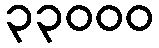
၃၃၀၀၀